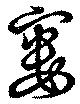
寠